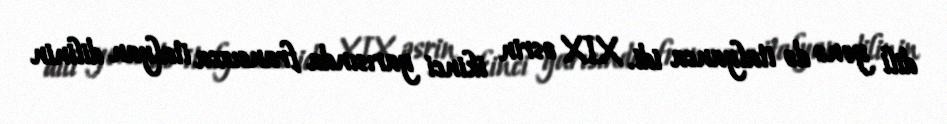
dili yenə də italyanca idi. XIX əsrin ikinci yarısında fransızca italyan dilinin